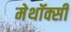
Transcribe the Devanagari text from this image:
मेथॉक्सी